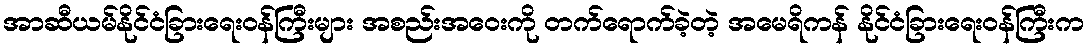
အာဆီယမ်နိုင်ငံခြားရေးဝန်ကြီးများ အစည်းအဝေးကို တက်ရောက်ခဲ့တဲ့ အမေရိကန် နိုင်ငံခြားရေးဝန်ကြီးက